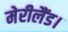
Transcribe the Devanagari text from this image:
मेरीलैंड।